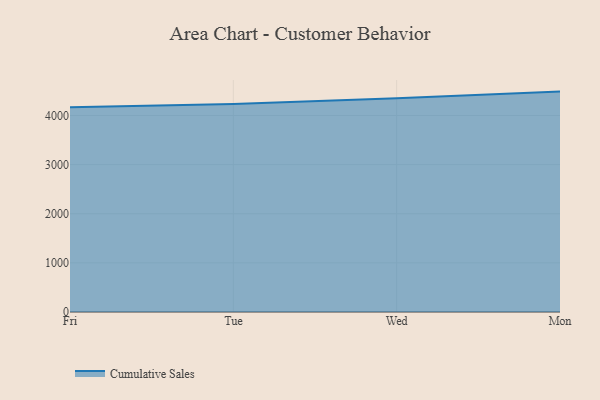
{"axis": {"x": "Day", "y": "Tickets Resolved"}, "legend": ["Cumulative Sales"], "data": [{"x": "Fri", "y": 4168.4, "type": "Cumulative Sales"}, {"x": "Tue", "y": 4236.0, "type": "Cumulative Sales"}, {"x": "Wed", "y": 4351.0, "type": "Cumulative Sales"}, {"x": "Mon", "y": 4486.2, "type": "Cumulative Sales"}]}